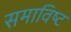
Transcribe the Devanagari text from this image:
समाविष्‍ट